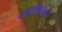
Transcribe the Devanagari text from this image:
गौरीबिदानूर